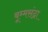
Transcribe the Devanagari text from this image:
बूम्मसंद्रा